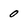
Character: 0